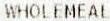
WHOLEMEAL